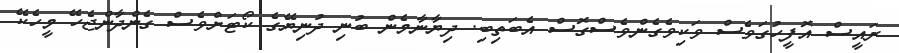
ރައީސް އޮފީހުގަވެސް ވަކިވެގެންވެސްގޮސް އެބަތިބި. ދިޔާނާމެން ބުނި ދުނިޔޭގެ ކޯޓަށްވެސް ގެންދާންޖެހޭ މީހެކޭ